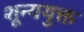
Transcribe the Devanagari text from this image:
शून्ययुक्त